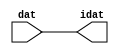

//------> /package/eda/mg/Catapult_10.3d/Mgc_home/pkgs/siflibs/ccs_in_v1.v 
//------------------------------------------------------------------------------
// Catapult Synthesis - Sample I/O Port Library
//
// Copyright (c) 2003-2017 Mentor Graphics Corp.
//       All Rights Reserved
//
// This document may be used and distributed without restriction provided that
// this copyright statement is not removed from the file and that any derivative
// work contains this copyright notice.
//
// The design information contained in this file is intended to be an example
// of the functionality which the end user may study in preparation for creating
// their own custom interfaces. This design does not necessarily present a 
// complete implementation of the named protocol or standard.
//
//------------------------------------------------------------------------------


module ccs_in_v1 (idat, dat);

  parameter integer rscid = 1;
  parameter integer width = 8;

  output [width-1:0] idat;
  input  [width-1:0] dat;

  wire   [width-1:0] idat;

  assign idat = dat;

endmodule


//------> /package/eda/mg/Catapult_10.3d/Mgc_home/pkgs/siflibs/ccs_out_v1.v 
//------------------------------------------------------------------------------
// Catapult Synthesis - Sample I/O Port Library
//
// Copyright (c) 2003-2015 Mentor Graphics Corp.
//       All Rights Reserved
//
// This document may be used and distributed without restriction provided that
// this copyright statement is not removed from the file and that any derivative
// work contains this copyright notice.
//
// The design information contained in this file is intended to be an example
// of the functionality which the end user may study in preparation for creating
// their own custom interfaces. This design does not necessarily present a 
// complete implementation of the named protocol or standard.
//
//------------------------------------------------------------------------------

module ccs_out_v1 (dat, idat);

  parameter integer rscid = 1;
  parameter integer width = 8;

  output   [width-1:0] dat;
  input    [width-1:0] idat;

  wire     [width-1:0] dat;

  assign dat = idat;

endmodule




//------> /package/eda/mg/Catapult_10.3d/Mgc_home/pkgs/siflibs/mgc_io_sync_v2.v 
//------------------------------------------------------------------------------
// Catapult Synthesis - Sample I/O Port Library
//
// Copyright (c) 2003-2017 Mentor Graphics Corp.
//       All Rights Reserved
//
// This document may be used and distributed without restriction provided that
// this copyright statement is not removed from the file and that any derivative
// work contains this copyright notice.
//
// The design information contained in this file is intended to be an example
// of the functionality which the end user may study in preparation for creating
// their own custom interfaces. This design does not necessarily present a 
// complete implementation of the named protocol or standard.
//
//------------------------------------------------------------------------------


module mgc_io_sync_v2 (ld, lz);
    parameter valid = 0;

    input  ld;
    output lz;

    wire   lz;

    assign lz = ld;

endmodule


//------> ./rtl.v 
// ----------------------------------------------------------------------
//  HLS HDL:        Verilog Netlister
//  HLS Version:    10.3d/815731 Production Release
//  HLS Date:       Wed Apr 24 14:54:19 PDT 2019
// 
//  Generated by:   695r48@cparch23.ecn.purdue.edu
//  Generated date: Tue Nov  9 14:57:23 2021
// ----------------------------------------------------------------------

// 
// ------------------------------------------------------------------
//  Design Unit:    fir_Altera_DIST_DIST_1R1W_RBW_rport_1_16_5_32_32_16_gen
// ------------------------------------------------------------------


module fir_Altera_DIST_DIST_1R1W_RBW_rport_1_16_5_32_32_16_gen (
  q, radr, radr_d, q_d, rport_r_ram_ir_internal_RMASK_B_d
);
  input [15:0] q;
  output [4:0] radr;
  input [4:0] radr_d;
  output [15:0] q_d;
  input rport_r_ram_ir_internal_RMASK_B_d;



  // Interconnect Declarations for Component Instantiations 
  assign q_d = q;
  assign radr = (radr_d);
endmodule

// ------------------------------------------------------------------
//  Design Unit:    fir_core_core_fsm
//  FSM Module
// ------------------------------------------------------------------


module fir_core_core_fsm (
  clk, rst, fsm_output, MAC_C_3_tr0
);
  input clk;
  input rst;
  output [8:0] fsm_output;
  reg [8:0] fsm_output;
  input MAC_C_3_tr0;


  // FSM State Type Declaration for fir_core_core_fsm_1
  parameter
    main_C_0 = 4'd0,
    MAC_C_0 = 4'd1,
    MAC_C_1 = 4'd2,
    MAC_C_2 = 4'd3,
    MAC_C_3 = 4'd4,
    MAC_C_4 = 4'd5,
    MAC_C_5 = 4'd6,
    MAC_C_6 = 4'd7,
    main_C_1 = 4'd8;

  reg [3:0] state_var;
  reg [3:0] state_var_NS;


  // Interconnect Declarations for Component Instantiations 
  always @(*)
  begin : fir_core_core_fsm_1
    case (state_var)
      MAC_C_0 : begin
        fsm_output = 9'b000000010;
        state_var_NS = MAC_C_1;
      end
      MAC_C_1 : begin
        fsm_output = 9'b000000100;
        state_var_NS = MAC_C_2;
      end
      MAC_C_2 : begin
        fsm_output = 9'b000001000;
        state_var_NS = MAC_C_3;
      end
      MAC_C_3 : begin
        fsm_output = 9'b000010000;
        if ( MAC_C_3_tr0 ) begin
          state_var_NS = main_C_1;
        end
        else begin
          state_var_NS = MAC_C_4;
        end
      end
      MAC_C_4 : begin
        fsm_output = 9'b000100000;
        state_var_NS = MAC_C_5;
      end
      MAC_C_5 : begin
        fsm_output = 9'b001000000;
        state_var_NS = MAC_C_6;
      end
      MAC_C_6 : begin
        fsm_output = 9'b010000000;
        state_var_NS = MAC_C_0;
      end
      main_C_1 : begin
        fsm_output = 9'b100000000;
        state_var_NS = main_C_0;
      end
      // main_C_0
      default : begin
        fsm_output = 9'b000000001;
        state_var_NS = MAC_C_0;
      end
    endcase
  end

  always @(posedge clk) begin
    if ( rst ) begin
      state_var <= main_C_0;
    end
    else begin
      state_var <= state_var_NS;
    end
  end

endmodule

// ------------------------------------------------------------------
//  Design Unit:    fir_core
// ------------------------------------------------------------------


module fir_core (
  clk, rst, coeffs_rsc_triosy_lz, in1_rsc_dat, in1_rsc_triosy_lz, out1_rsc_dat, out1_rsc_triosy_lz,
      coeffs_rsci_radr_d, coeffs_rsci_q_d, coeffs_rsci_rport_r_ram_ir_internal_RMASK_B_d
);
  input clk;
  input rst;
  output coeffs_rsc_triosy_lz;
  input [15:0] in1_rsc_dat;
  output in1_rsc_triosy_lz;
  output [15:0] out1_rsc_dat;
  output out1_rsc_triosy_lz;
  output [4:0] coeffs_rsci_radr_d;
  input [15:0] coeffs_rsci_q_d;
  output coeffs_rsci_rport_r_ram_ir_internal_RMASK_B_d;


  // Interconnect Declarations
  wire [15:0] in1_rsci_idat;
  reg [15:0] out1_rsci_idat;
  wire [8:0] fsm_output;
  wire [5:0] MAC_2_acc_2_tmp;
  wire [6:0] nl_MAC_2_acc_2_tmp;
  wire or_tmp_148;
  reg [5:0] MAC_i_5_0_3_sva;
  reg reg_out1_rsc_triosy_obj_ld_cse;
  wire reg_out1_out1_and_cse;
  wire nor_6_cse;
  wire [4:0] MAC_1_acc_2_psp_sva_mx0w0;
  wire [5:0] nl_MAC_1_acc_2_psp_sva_mx0w0;
  reg [4:0] MAC_5_acc_2_itm;
  reg [4:0] MAC_3_acc_2_psp_sva;
  reg [4:0] MAC_4_acc_2_psp_sva;
  wire [4:0] z_out_1;
  wire [5:0] nl_z_out_1;
  wire [15:0] z_out_2;
  wire [29:0] z_out_3;
  wire signed [31:0] nl_z_out_3;
  reg [15:0] regs_15_sva;
  reg [15:0] regs_16_sva;
  reg [15:0] regs_14_sva;
  reg [15:0] regs_17_sva;
  reg [15:0] regs_13_sva;
  reg [15:0] regs_18_sva;
  reg [15:0] regs_12_sva;
  reg [15:0] regs_19_sva;
  reg [15:0] regs_11_sva;
  reg [15:0] regs_20_sva;
  reg [15:0] regs_10_sva;
  reg [15:0] regs_21_sva;
  reg [15:0] regs_9_sva;
  reg [15:0] regs_22_sva;
  reg [15:0] regs_8_sva;
  reg [15:0] regs_23_sva;
  reg [15:0] regs_7_sva;
  reg [15:0] regs_24_sva;
  reg [15:0] regs_6_sva;
  reg [15:0] regs_25_sva;
  reg [15:0] regs_5_sva;
  reg [15:0] regs_26_sva;
  reg [15:0] regs_4_sva;
  reg [15:0] regs_27_sva;
  reg [15:0] regs_3_sva;
  reg [15:0] regs_28_sva;
  reg [15:0] regs_2_sva;
  reg [15:0] regs_29_sva;
  reg [15:0] regs_1_sva;
  reg [15:0] regs_30_sva;
  reg [15:0] regs_0_sva;
  reg [29:0] acc_32_3_1_sva;
  reg [15:0] regs_30_sva_1;
  reg [15:0] regs_29_sva_1;
  reg [15:0] regs_28_sva_1;
  reg [15:0] regs_27_sva_1;
  reg [15:0] regs_26_sva_1;
  reg [15:0] regs_25_sva_1;
  reg [15:0] regs_24_sva_1;
  reg [15:0] regs_23_sva_1;
  reg [15:0] regs_22_sva_1;
  reg [15:0] regs_21_sva_1;
  reg [15:0] regs_20_sva_1;
  reg [15:0] regs_19_sva_1;
  reg [15:0] regs_18_sva_1;
  reg [15:0] regs_17_sva_1;
  reg [15:0] regs_16_sva_1;
  reg [15:0] regs_15_sva_1;
  reg [15:0] regs_14_sva_1;
  reg [15:0] regs_13_sva_1;
  reg [15:0] regs_12_sva_1;
  reg [15:0] regs_11_sva_1;
  reg [15:0] regs_10_sva_1;
  reg [15:0] regs_9_sva_1;
  reg [15:0] regs_8_sva_1;
  reg [15:0] regs_7_sva_1;
  reg [15:0] regs_6_sva_1;
  reg [15:0] regs_5_sva_1;
  reg [15:0] regs_4_sva_1;
  reg [15:0] regs_3_sva_1;
  reg [15:0] regs_2_sva_1;
  reg [15:0] regs_1_sva_1;
  reg [15:0] regs_0_sva_1;
  reg [15:0] MAC_mux_itm;
  reg [29:0] MAC_1_mul_itm;
  reg [15:0] MAC_mux_1_itm;
  reg [29:0] MAC_2_mul_itm;
  reg [15:0] MAC_mux_2_itm;
  reg [15:0] MAC_mux_3_itm;
  wire [29:0] acc_32_3_3_sva_1;
  wire [30:0] nl_acc_32_3_3_sva_1;
  wire [4:0] MAC_3_acc_2_psp_sva_mx0w0;
  wire [5:0] nl_MAC_3_acc_2_psp_sva_mx0w0;
  wire [29:0] MAC_acc_6;
  wire [30:0] nl_MAC_acc_6;
  wire or_164_tmp;

  wire[29:0] acc_acc_mux_nl;
  wire[29:0] MAC_acc_nl;
  wire[30:0] nl_MAC_acc_nl;
  wire[29:0] MAC_mux_12_nl;
  wire[0:0] acc_or_nl;
  wire[0:0] acc_not_nl;
  wire[0:0] MAC_and_nl;
  wire[0:0] MAC_and_1_nl;
  wire[0:0] MAC_and_2_nl;
  wire[0:0] MAC_and_3_nl;
  wire[0:0] MAC_and_4_nl;
  wire[0:0] MAC_and_5_nl;
  wire[0:0] MAC_and_6_nl;
  wire[0:0] MAC_and_13_nl;
  wire[0:0] MAC_and_14_nl;
  wire[0:0] MAC_and_15_nl;
  wire[0:0] MAC_and_16_nl;
  wire[0:0] MAC_and_17_nl;
  wire[0:0] MAC_and_18_nl;
  wire[0:0] MAC_and_7_nl;
  wire[0:0] MAC_and_8_nl;
  wire[0:0] MAC_and_9_nl;
  wire[0:0] MAC_and_10_nl;
  wire[0:0] MAC_and_11_nl;
  wire[0:0] MAC_and_12_nl;
  wire[4:0] MAC_mux_13_nl;
  wire[15:0] MAC_mux1h_28_nl;
  wire[0:0] or_182_nl;
  wire[4:0] MAC_mux_14_nl;

  // Interconnect Declarations for Component Instantiations 
  wire [0:0] nl_fir_core_core_fsm_inst_MAC_C_3_tr0;
  assign nl_fir_core_core_fsm_inst_MAC_C_3_tr0 = MAC_i_5_0_3_sva[5];
  ccs_in_v1 #(.rscid(32'sd2),
  .width(32'sd16)) in1_rsci (
      .dat(in1_rsc_dat),
      .idat(in1_rsci_idat)
    );
  ccs_out_v1 #(.rscid(32'sd3),
  .width(32'sd16)) out1_rsci (
      .idat(out1_rsci_idat),
      .dat(out1_rsc_dat)
    );
  mgc_io_sync_v2 #(.valid(32'sd0)) coeffs_rsc_triosy_obj (
      .ld(reg_out1_rsc_triosy_obj_ld_cse),
      .lz(coeffs_rsc_triosy_lz)
    );
  mgc_io_sync_v2 #(.valid(32'sd0)) in1_rsc_triosy_obj (
      .ld(reg_out1_rsc_triosy_obj_ld_cse),
      .lz(in1_rsc_triosy_lz)
    );
  mgc_io_sync_v2 #(.valid(32'sd0)) out1_rsc_triosy_obj (
      .ld(reg_out1_rsc_triosy_obj_ld_cse),
      .lz(out1_rsc_triosy_lz)
    );
  fir_core_core_fsm fir_core_core_fsm_inst (
      .clk(clk),
      .rst(rst),
      .fsm_output(fsm_output),
      .MAC_C_3_tr0(nl_fir_core_core_fsm_inst_MAC_C_3_tr0[0:0])
    );
  assign reg_out1_out1_and_cse = (fsm_output[4]) & (MAC_i_5_0_3_sva[5]);
  assign nor_6_cse = ~((fsm_output[0]) | (fsm_output[8]));
  assign or_164_tmp = (fsm_output[3:2]!=2'b00);
  assign nl_acc_32_3_3_sva_1 = MAC_acc_6 + acc_32_3_1_sva;
  assign acc_32_3_3_sva_1 = nl_acc_32_3_3_sva_1[29:0];
  assign nl_MAC_1_acc_2_psp_sva_mx0w0 = MAC_5_acc_2_itm + 5'b00001;
  assign MAC_1_acc_2_psp_sva_mx0w0 = nl_MAC_1_acc_2_psp_sva_mx0w0[4:0];
  assign nl_MAC_2_acc_2_tmp = conv_u2s_5_6(MAC_1_acc_2_psp_sva_mx0w0) + 6'b000001;
  assign MAC_2_acc_2_tmp = nl_MAC_2_acc_2_tmp[5:0];
  assign nl_MAC_3_acc_2_psp_sva_mx0w0 = (MAC_2_acc_2_tmp[4:0]) + 5'b00001;
  assign MAC_3_acc_2_psp_sva_mx0w0 = nl_MAC_3_acc_2_psp_sva_mx0w0[4:0];
  assign nl_MAC_acc_6 = MAC_1_mul_itm + MAC_2_mul_itm;
  assign MAC_acc_6 = nl_MAC_acc_6[29:0];
  assign or_tmp_148 = (fsm_output[4:2]!=3'b000);
  assign coeffs_rsci_radr_d = MUX1HOT_v_5_5_2(MAC_1_acc_2_psp_sva_mx0w0, MAC_5_acc_2_itm,
      MAC_3_acc_2_psp_sva, (MAC_i_5_0_3_sva[4:0]), MAC_4_acc_2_psp_sva, {(fsm_output[1])
      , (fsm_output[2]) , (fsm_output[3]) , (fsm_output[4]) , (fsm_output[5])});
  assign coeffs_rsci_rport_r_ram_ir_internal_RMASK_B_d = (fsm_output[1]) | (fsm_output[3])
      | (fsm_output[5]) | (fsm_output[2]) | ((~ (MAC_i_5_0_3_sva[5])) & (fsm_output[4]));
  always @(posedge clk) begin
    if ( rst ) begin
      acc_32_3_1_sva <= 30'b000000000000000000000000000000;
    end
    else if ( (fsm_output[6]) | (fsm_output[7]) | (fsm_output[0]) | (fsm_output[4])
        ) begin
      acc_32_3_1_sva <= MUX_v_30_2_2(30'b000000000000000000000000000000, (acc_acc_mux_nl),
          (acc_not_nl));
    end
  end
  always @(posedge clk) begin
    if ( rst ) begin
      out1_rsci_idat <= 16'b0000000000000000;
      regs_0_sva <= 16'b0000000000000000;
      regs_5_sva <= 16'b0000000000000000;
      regs_10_sva <= 16'b0000000000000000;
      regs_15_sva <= 16'b0000000000000000;
      regs_20_sva <= 16'b0000000000000000;
      regs_25_sva <= 16'b0000000000000000;
      regs_30_sva <= 16'b0000000000000000;
      regs_4_sva <= 16'b0000000000000000;
      regs_9_sva <= 16'b0000000000000000;
      regs_14_sva <= 16'b0000000000000000;
      regs_19_sva <= 16'b0000000000000000;
      regs_24_sva <= 16'b0000000000000000;
      regs_29_sva <= 16'b0000000000000000;
      regs_3_sva <= 16'b0000000000000000;
      regs_8_sva <= 16'b0000000000000000;
      regs_13_sva <= 16'b0000000000000000;
      regs_18_sva <= 16'b0000000000000000;
      regs_23_sva <= 16'b0000000000000000;
      regs_28_sva <= 16'b0000000000000000;
      regs_2_sva <= 16'b0000000000000000;
      regs_7_sva <= 16'b0000000000000000;
      regs_12_sva <= 16'b0000000000000000;
      regs_17_sva <= 16'b0000000000000000;
      regs_22_sva <= 16'b0000000000000000;
      regs_27_sva <= 16'b0000000000000000;
      regs_1_sva <= 16'b0000000000000000;
      regs_6_sva <= 16'b0000000000000000;
      regs_11_sva <= 16'b0000000000000000;
      regs_16_sva <= 16'b0000000000000000;
      regs_21_sva <= 16'b0000000000000000;
      regs_26_sva <= 16'b0000000000000000;
    end
    else if ( reg_out1_out1_and_cse ) begin
      out1_rsci_idat <= acc_32_3_3_sva_1[29:14];
      regs_0_sva <= regs_0_sva_1;
      regs_5_sva <= regs_5_sva_1;
      regs_10_sva <= regs_10_sva_1;
      regs_15_sva <= regs_15_sva_1;
      regs_20_sva <= regs_20_sva_1;
      regs_25_sva <= regs_25_sva_1;
      regs_30_sva <= regs_30_sva_1;
      regs_4_sva <= regs_4_sva_1;
      regs_9_sva <= regs_9_sva_1;
      regs_14_sva <= regs_14_sva_1;
      regs_19_sva <= regs_19_sva_1;
      regs_24_sva <= regs_24_sva_1;
      regs_29_sva <= regs_29_sva_1;
      regs_3_sva <= regs_3_sva_1;
      regs_8_sva <= regs_8_sva_1;
      regs_13_sva <= regs_13_sva_1;
      regs_18_sva <= regs_18_sva_1;
      regs_23_sva <= regs_23_sva_1;
      regs_28_sva <= regs_28_sva_1;
      regs_2_sva <= regs_2_sva_1;
      regs_7_sva <= regs_7_sva_1;
      regs_12_sva <= regs_12_sva_1;
      regs_17_sva <= regs_17_sva_1;
      regs_22_sva <= regs_22_sva_1;
      regs_27_sva <= regs_27_sva_1;
      regs_1_sva <= regs_1_sva_1;
      regs_6_sva <= regs_6_sva_1;
      regs_11_sva <= regs_11_sva_1;
      regs_16_sva <= regs_16_sva_1;
      regs_21_sva <= regs_21_sva_1;
      regs_26_sva <= regs_26_sva_1;
    end
  end
  always @(posedge clk) begin
    if ( rst ) begin
      regs_0_sva_1 <= 16'b0000000000000000;
    end
    else if ( ~ nor_6_cse ) begin
      regs_0_sva_1 <= in1_rsci_idat;
    end
  end
  always @(posedge clk) begin
    if ( rst ) begin
      reg_out1_rsc_triosy_obj_ld_cse <= 1'b0;
    end
    else begin
      reg_out1_rsc_triosy_obj_ld_cse <= reg_out1_out1_and_cse;
    end
  end
  always @(posedge clk) begin
    if ( rst ) begin
      regs_30_sva_1 <= 16'b0000000000000000;
    end
    else if ( ~ nor_6_cse ) begin
      regs_30_sva_1 <= regs_29_sva;
    end
  end
  always @(posedge clk) begin
    if ( rst ) begin
      regs_29_sva_1 <= 16'b0000000000000000;
    end
    else if ( ~ nor_6_cse ) begin
      regs_29_sva_1 <= regs_28_sva;
    end
  end
  always @(posedge clk) begin
    if ( rst ) begin
      regs_28_sva_1 <= 16'b0000000000000000;
    end
    else if ( ~ nor_6_cse ) begin
      regs_28_sva_1 <= regs_27_sva;
    end
  end
  always @(posedge clk) begin
    if ( rst ) begin
      regs_27_sva_1 <= 16'b0000000000000000;
    end
    else if ( ~ nor_6_cse ) begin
      regs_27_sva_1 <= regs_26_sva;
    end
  end
  always @(posedge clk) begin
    if ( rst ) begin
      regs_26_sva_1 <= 16'b0000000000000000;
    end
    else if ( ~ nor_6_cse ) begin
      regs_26_sva_1 <= regs_25_sva;
    end
  end
  always @(posedge clk) begin
    if ( rst ) begin
      regs_25_sva_1 <= 16'b0000000000000000;
    end
    else if ( ~ nor_6_cse ) begin
      regs_25_sva_1 <= regs_24_sva;
    end
  end
  always @(posedge clk) begin
    if ( rst ) begin
      regs_24_sva_1 <= 16'b0000000000000000;
    end
    else if ( ~ nor_6_cse ) begin
      regs_24_sva_1 <= regs_23_sva;
    end
  end
  always @(posedge clk) begin
    if ( rst ) begin
      regs_23_sva_1 <= 16'b0000000000000000;
    end
    else if ( ~ nor_6_cse ) begin
      regs_23_sva_1 <= regs_22_sva;
    end
  end
  always @(posedge clk) begin
    if ( rst ) begin
      regs_22_sva_1 <= 16'b0000000000000000;
    end
    else if ( ~ nor_6_cse ) begin
      regs_22_sva_1 <= regs_21_sva;
    end
  end
  always @(posedge clk) begin
    if ( rst ) begin
      regs_21_sva_1 <= 16'b0000000000000000;
    end
    else if ( ~ nor_6_cse ) begin
      regs_21_sva_1 <= regs_20_sva;
    end
  end
  always @(posedge clk) begin
    if ( rst ) begin
      regs_20_sva_1 <= 16'b0000000000000000;
    end
    else if ( ~ nor_6_cse ) begin
      regs_20_sva_1 <= regs_19_sva;
    end
  end
  always @(posedge clk) begin
    if ( rst ) begin
      regs_19_sva_1 <= 16'b0000000000000000;
    end
    else if ( ~ nor_6_cse ) begin
      regs_19_sva_1 <= regs_18_sva;
    end
  end
  always @(posedge clk) begin
    if ( rst ) begin
      regs_18_sva_1 <= 16'b0000000000000000;
    end
    else if ( ~ nor_6_cse ) begin
      regs_18_sva_1 <= regs_17_sva;
    end
  end
  always @(posedge clk) begin
    if ( rst ) begin
      regs_17_sva_1 <= 16'b0000000000000000;
    end
    else if ( ~ nor_6_cse ) begin
      regs_17_sva_1 <= regs_16_sva;
    end
  end
  always @(posedge clk) begin
    if ( rst ) begin
      regs_16_sva_1 <= 16'b0000000000000000;
    end
    else if ( ~ nor_6_cse ) begin
      regs_16_sva_1 <= regs_15_sva;
    end
  end
  always @(posedge clk) begin
    if ( rst ) begin
      regs_15_sva_1 <= 16'b0000000000000000;
    end
    else if ( ~ nor_6_cse ) begin
      regs_15_sva_1 <= regs_14_sva;
    end
  end
  always @(posedge clk) begin
    if ( rst ) begin
      regs_14_sva_1 <= 16'b0000000000000000;
    end
    else if ( ~ nor_6_cse ) begin
      regs_14_sva_1 <= regs_13_sva;
    end
  end
  always @(posedge clk) begin
    if ( rst ) begin
      regs_13_sva_1 <= 16'b0000000000000000;
    end
    else if ( ~ nor_6_cse ) begin
      regs_13_sva_1 <= regs_12_sva;
    end
  end
  always @(posedge clk) begin
    if ( rst ) begin
      regs_12_sva_1 <= 16'b0000000000000000;
    end
    else if ( ~ nor_6_cse ) begin
      regs_12_sva_1 <= regs_11_sva;
    end
  end
  always @(posedge clk) begin
    if ( rst ) begin
      regs_11_sva_1 <= 16'b0000000000000000;
    end
    else if ( ~ nor_6_cse ) begin
      regs_11_sva_1 <= regs_10_sva;
    end
  end
  always @(posedge clk) begin
    if ( rst ) begin
      regs_10_sva_1 <= 16'b0000000000000000;
    end
    else if ( ~ nor_6_cse ) begin
      regs_10_sva_1 <= regs_9_sva;
    end
  end
  always @(posedge clk) begin
    if ( rst ) begin
      regs_9_sva_1 <= 16'b0000000000000000;
    end
    else if ( ~ nor_6_cse ) begin
      regs_9_sva_1 <= regs_8_sva;
    end
  end
  always @(posedge clk) begin
    if ( rst ) begin
      regs_8_sva_1 <= 16'b0000000000000000;
    end
    else if ( ~ nor_6_cse ) begin
      regs_8_sva_1 <= regs_7_sva;
    end
  end
  always @(posedge clk) begin
    if ( rst ) begin
      regs_7_sva_1 <= 16'b0000000000000000;
    end
    else if ( ~ nor_6_cse ) begin
      regs_7_sva_1 <= regs_6_sva;
    end
  end
  always @(posedge clk) begin
    if ( rst ) begin
      regs_6_sva_1 <= 16'b0000000000000000;
    end
    else if ( ~ nor_6_cse ) begin
      regs_6_sva_1 <= regs_5_sva;
    end
  end
  always @(posedge clk) begin
    if ( rst ) begin
      regs_5_sva_1 <= 16'b0000000000000000;
    end
    else if ( ~ nor_6_cse ) begin
      regs_5_sva_1 <= regs_4_sva;
    end
  end
  always @(posedge clk) begin
    if ( rst ) begin
      regs_4_sva_1 <= 16'b0000000000000000;
    end
    else if ( ~ nor_6_cse ) begin
      regs_4_sva_1 <= regs_3_sva;
    end
  end
  always @(posedge clk) begin
    if ( rst ) begin
      regs_3_sva_1 <= 16'b0000000000000000;
    end
    else if ( ~ nor_6_cse ) begin
      regs_3_sva_1 <= regs_2_sva;
    end
  end
  always @(posedge clk) begin
    if ( rst ) begin
      regs_2_sva_1 <= 16'b0000000000000000;
    end
    else if ( ~ nor_6_cse ) begin
      regs_2_sva_1 <= regs_1_sva;
    end
  end
  always @(posedge clk) begin
    if ( rst ) begin
      regs_1_sva_1 <= 16'b0000000000000000;
    end
    else if ( ~ nor_6_cse ) begin
      regs_1_sva_1 <= regs_0_sva;
    end
  end
  always @(posedge clk) begin
    if ( rst ) begin
      MAC_5_acc_2_itm <= 5'b00000;
    end
    else if ( (fsm_output[8]) | (fsm_output[0]) | (fsm_output[2]) ) begin
      MAC_5_acc_2_itm <= MUX_v_5_2_2(5'b00000, z_out_1, nor_6_cse);
    end
  end
  always @(posedge clk) begin
    if ( rst ) begin
      MAC_i_5_0_3_sva <= 6'b000000;
    end
    else if ( fsm_output[1] ) begin
      MAC_i_5_0_3_sva <= MAC_2_acc_2_tmp;
    end
  end
  always @(posedge clk) begin
    if ( rst ) begin
      MAC_3_acc_2_psp_sva <= 5'b00000;
    end
    else if ( fsm_output[1] ) begin
      MAC_3_acc_2_psp_sva <= MAC_3_acc_2_psp_sva_mx0w0;
    end
  end
  always @(posedge clk) begin
    if ( rst ) begin
      MAC_mux_itm <= 16'b0000000000000000;
    end
    else if ( fsm_output[1] ) begin
      MAC_mux_itm <= z_out_2;
    end
  end
  always @(posedge clk) begin
    if ( rst ) begin
      MAC_mux_1_itm <= 16'b0000000000000000;
    end
    else if ( ~((fsm_output[5:3]!=3'b000)) ) begin
      MAC_mux_1_itm <= MUX1HOT_v_16_8_2(regs_0_sva, regs_5_sva, regs_10_sva, regs_15_sva,
          regs_20_sva, regs_25_sva, regs_30_sva, z_out_2, {(MAC_and_nl) , (MAC_and_1_nl)
          , (MAC_and_2_nl) , (MAC_and_3_nl) , (MAC_and_4_nl) , (MAC_and_5_nl) , (MAC_and_6_nl)
          , (fsm_output[2])});
    end
  end
  always @(posedge clk) begin
    if ( rst ) begin
      MAC_4_acc_2_psp_sva <= 5'b00000;
    end
    else if ( ~ or_tmp_148 ) begin
      MAC_4_acc_2_psp_sva <= z_out_1;
    end
  end
  always @(posedge clk) begin
    if ( rst ) begin
      MAC_mux_2_itm <= 16'b0000000000000000;
    end
    else if ( ~ or_tmp_148 ) begin
      MAC_mux_2_itm <= MUX1HOT_v_16_6_2(regs_1_sva, regs_6_sva, regs_11_sva, regs_16_sva,
          regs_21_sva, regs_26_sva, {(MAC_and_13_nl) , (MAC_and_14_nl) , (MAC_and_15_nl)
          , (MAC_and_16_nl) , (MAC_and_17_nl) , (MAC_and_18_nl)});
    end
  end
  always @(posedge clk) begin
    if ( rst ) begin
      MAC_mux_3_itm <= 16'b0000000000000000;
    end
    else if ( ~ or_164_tmp ) begin
      MAC_mux_3_itm <= MUX1HOT_v_16_6_2(regs_2_sva, regs_7_sva, regs_12_sva, regs_17_sva,
          regs_22_sva, regs_27_sva, {(MAC_and_7_nl) , (MAC_and_8_nl) , (MAC_and_9_nl)
          , (MAC_and_10_nl) , (MAC_and_11_nl) , (MAC_and_12_nl)});
    end
  end
  always @(posedge clk) begin
    if ( rst ) begin
      MAC_2_mul_itm <= 30'b000000000000000000000000000000;
    end
    else if ( (fsm_output[5]) | (fsm_output[6]) | (fsm_output[2]) ) begin
      MAC_2_mul_itm <= z_out_3;
    end
  end
  always @(posedge clk) begin
    if ( rst ) begin
      MAC_1_mul_itm <= 30'b000000000000000000000000000000;
    end
    else if ( (fsm_output[4:3]!=2'b00) ) begin
      MAC_1_mul_itm <= z_out_3;
    end
  end
  assign MAC_mux_12_nl = MUX_v_30_2_2(MAC_2_mul_itm, MAC_acc_6, fsm_output[7]);
  assign nl_MAC_acc_nl = acc_32_3_1_sva + (MAC_mux_12_nl);
  assign MAC_acc_nl = nl_MAC_acc_nl[29:0];
  assign acc_or_nl = (fsm_output[7:6]!=2'b00);
  assign acc_acc_mux_nl = MUX_v_30_2_2(acc_32_3_3_sva_1, (MAC_acc_nl), acc_or_nl);
  assign acc_not_nl = ~ (fsm_output[0]);
  assign MAC_and_nl = (MAC_1_acc_2_psp_sva_mx0w0==5'b00001) & (fsm_output[1]);
  assign MAC_and_1_nl = (MAC_1_acc_2_psp_sva_mx0w0==5'b00110) & (fsm_output[1]);
  assign MAC_and_2_nl = (MAC_1_acc_2_psp_sva_mx0w0==5'b01011) & (fsm_output[1]);
  assign MAC_and_3_nl = (MAC_1_acc_2_psp_sva_mx0w0==5'b10000) & (fsm_output[1]);
  assign MAC_and_4_nl = (MAC_1_acc_2_psp_sva_mx0w0==5'b10101) & (fsm_output[1]);
  assign MAC_and_5_nl = (MAC_1_acc_2_psp_sva_mx0w0==5'b11010) & (fsm_output[1]);
  assign MAC_and_6_nl = (MAC_1_acc_2_psp_sva_mx0w0==5'b11111) & (fsm_output[1]);
  assign MAC_and_13_nl = (MAC_2_acc_2_tmp[4:0]==5'b00010) & (~ or_tmp_148);
  assign MAC_and_14_nl = (MAC_2_acc_2_tmp[4:0]==5'b00111) & (~ or_tmp_148);
  assign MAC_and_15_nl = (MAC_2_acc_2_tmp[4:0]==5'b01100) & (~ or_tmp_148);
  assign MAC_and_16_nl = (MAC_2_acc_2_tmp[4:0]==5'b10001) & (~ or_tmp_148);
  assign MAC_and_17_nl = (MAC_2_acc_2_tmp[4:0]==5'b10110) & (~ or_tmp_148);
  assign MAC_and_18_nl = (MAC_2_acc_2_tmp[4:0]==5'b11011) & (~ or_tmp_148);
  assign MAC_and_7_nl = (MAC_3_acc_2_psp_sva_mx0w0==5'b00011) & (~ or_164_tmp);
  assign MAC_and_8_nl = (MAC_3_acc_2_psp_sva_mx0w0==5'b01000) & (~ or_164_tmp);
  assign MAC_and_9_nl = (MAC_3_acc_2_psp_sva_mx0w0==5'b01101) & (~ or_164_tmp);
  assign MAC_and_10_nl = (MAC_3_acc_2_psp_sva_mx0w0==5'b10010) & (~ or_164_tmp);
  assign MAC_and_11_nl = (MAC_3_acc_2_psp_sva_mx0w0==5'b10111) & (~ or_164_tmp);
  assign MAC_and_12_nl = (MAC_3_acc_2_psp_sva_mx0w0==5'b11100) & (~ or_164_tmp);
  assign MAC_mux_13_nl = MUX_v_5_2_2(MAC_4_acc_2_psp_sva, MAC_3_acc_2_psp_sva_mx0w0,
      fsm_output[1]);
  assign nl_z_out_1 = (MAC_mux_13_nl) + 5'b00001;
  assign z_out_1 = nl_z_out_1[4:0];
  assign or_182_nl = (fsm_output[6]) | (fsm_output[2]);
  assign MAC_mux1h_28_nl = MUX1HOT_v_16_4_2(MAC_mux_1_itm, MAC_mux_2_itm, MAC_mux_itm,
      MAC_mux_3_itm, {(or_182_nl) , (fsm_output[5]) , (fsm_output[3]) , (fsm_output[4])});
  assign nl_z_out_3 = $signed((MAC_mux1h_28_nl)) * $signed((coeffs_rsci_q_d));
  assign z_out_3 = nl_z_out_3[29:0];
  assign MAC_mux_14_nl = MUX_v_5_2_2(MAC_5_acc_2_itm, MAC_4_acc_2_psp_sva, fsm_output[2]);
  assign z_out_2 = MUX_v_16_31_2x1x2x3x6x7x8x11x12x13x16x17x18x21x22x23x26x27x28(regs_0_sva_1,
      regs_3_sva, regs_4_sva, regs_8_sva, regs_9_sva, regs_13_sva, regs_14_sva, regs_18_sva,
      regs_19_sva, regs_23_sva, regs_24_sva, regs_28_sva, regs_29_sva, MAC_mux_14_nl);

  function automatic [15:0] MUX1HOT_v_16_4_2;
    input [15:0] input_3;
    input [15:0] input_2;
    input [15:0] input_1;
    input [15:0] input_0;
    input [3:0] sel;
    reg [15:0] result;
  begin
    result = input_0 & {16{sel[0]}};
    result = result | ( input_1 & {16{sel[1]}});
    result = result | ( input_2 & {16{sel[2]}});
    result = result | ( input_3 & {16{sel[3]}});
    MUX1HOT_v_16_4_2 = result;
  end
  endfunction


  function automatic [15:0] MUX1HOT_v_16_6_2;
    input [15:0] input_5;
    input [15:0] input_4;
    input [15:0] input_3;
    input [15:0] input_2;
    input [15:0] input_1;
    input [15:0] input_0;
    input [5:0] sel;
    reg [15:0] result;
  begin
    result = input_0 & {16{sel[0]}};
    result = result | ( input_1 & {16{sel[1]}});
    result = result | ( input_2 & {16{sel[2]}});
    result = result | ( input_3 & {16{sel[3]}});
    result = result | ( input_4 & {16{sel[4]}});
    result = result | ( input_5 & {16{sel[5]}});
    MUX1HOT_v_16_6_2 = result;
  end
  endfunction


  function automatic [15:0] MUX1HOT_v_16_8_2;
    input [15:0] input_7;
    input [15:0] input_6;
    input [15:0] input_5;
    input [15:0] input_4;
    input [15:0] input_3;
    input [15:0] input_2;
    input [15:0] input_1;
    input [15:0] input_0;
    input [7:0] sel;
    reg [15:0] result;
  begin
    result = input_0 & {16{sel[0]}};
    result = result | ( input_1 & {16{sel[1]}});
    result = result | ( input_2 & {16{sel[2]}});
    result = result | ( input_3 & {16{sel[3]}});
    result = result | ( input_4 & {16{sel[4]}});
    result = result | ( input_5 & {16{sel[5]}});
    result = result | ( input_6 & {16{sel[6]}});
    result = result | ( input_7 & {16{sel[7]}});
    MUX1HOT_v_16_8_2 = result;
  end
  endfunction


  function automatic [4:0] MUX1HOT_v_5_5_2;
    input [4:0] input_4;
    input [4:0] input_3;
    input [4:0] input_2;
    input [4:0] input_1;
    input [4:0] input_0;
    input [4:0] sel;
    reg [4:0] result;
  begin
    result = input_0 & {5{sel[0]}};
    result = result | ( input_1 & {5{sel[1]}});
    result = result | ( input_2 & {5{sel[2]}});
    result = result | ( input_3 & {5{sel[3]}});
    result = result | ( input_4 & {5{sel[4]}});
    MUX1HOT_v_5_5_2 = result;
  end
  endfunction


  function automatic [15:0] MUX_v_16_31_2x1x2x3x6x7x8x11x12x13x16x17x18x21x22x23x26x27x28;
    input [15:0] input_0;
    input [15:0] input_4;
    input [15:0] input_5;
    input [15:0] input_9;
    input [15:0] input_10;
    input [15:0] input_14;
    input [15:0] input_15;
    input [15:0] input_19;
    input [15:0] input_20;
    input [15:0] input_24;
    input [15:0] input_25;
    input [15:0] input_29;
    input [15:0] input_30;
    input [4:0] sel;
    reg [15:0] result;
  begin
    case (sel)
      5'b00000 : begin
        result = input_0;
      end
      5'b00100 : begin
        result = input_4;
      end
      5'b00101 : begin
        result = input_5;
      end
      5'b01001 : begin
        result = input_9;
      end
      5'b01010 : begin
        result = input_10;
      end
      5'b01110 : begin
        result = input_14;
      end
      5'b01111 : begin
        result = input_15;
      end
      5'b10011 : begin
        result = input_19;
      end
      5'b10100 : begin
        result = input_20;
      end
      5'b11000 : begin
        result = input_24;
      end
      5'b11001 : begin
        result = input_25;
      end
      5'b11101 : begin
        result = input_29;
      end
      default : begin
        result = input_30;
      end
    endcase
    MUX_v_16_31_2x1x2x3x6x7x8x11x12x13x16x17x18x21x22x23x26x27x28 = result;
  end
  endfunction


  function automatic [29:0] MUX_v_30_2_2;
    input [29:0] input_0;
    input [29:0] input_1;
    input [0:0] sel;
    reg [29:0] result;
  begin
    case (sel)
      1'b0 : begin
        result = input_0;
      end
      default : begin
        result = input_1;
      end
    endcase
    MUX_v_30_2_2 = result;
  end
  endfunction


  function automatic [4:0] MUX_v_5_2_2;
    input [4:0] input_0;
    input [4:0] input_1;
    input [0:0] sel;
    reg [4:0] result;
  begin
    case (sel)
      1'b0 : begin
        result = input_0;
      end
      default : begin
        result = input_1;
      end
    endcase
    MUX_v_5_2_2 = result;
  end
  endfunction


  function automatic [5:0] conv_u2s_5_6 ;
    input [4:0]  vector ;
  begin
    conv_u2s_5_6 =  {1'b0, vector};
  end
  endfunction

endmodule

// ------------------------------------------------------------------
//  Design Unit:    fir
// ------------------------------------------------------------------


module fir (
  clk, rst, coeffs_rsc_radr, coeffs_rsc_q, coeffs_rsc_triosy_lz, in1_rsc_dat, in1_rsc_triosy_lz,
      out1_rsc_dat, out1_rsc_triosy_lz
);
  input clk;
  input rst;
  output [4:0] coeffs_rsc_radr;
  input [15:0] coeffs_rsc_q;
  output coeffs_rsc_triosy_lz;
  input [15:0] in1_rsc_dat;
  output in1_rsc_triosy_lz;
  output [15:0] out1_rsc_dat;
  output out1_rsc_triosy_lz;


  // Interconnect Declarations
  wire [4:0] coeffs_rsci_radr_d;
  wire [15:0] coeffs_rsci_q_d;
  wire coeffs_rsci_rport_r_ram_ir_internal_RMASK_B_d;


  // Interconnect Declarations for Component Instantiations 
  fir_Altera_DIST_DIST_1R1W_RBW_rport_1_16_5_32_32_16_gen coeffs_rsci (
      .q(coeffs_rsc_q),
      .radr(coeffs_rsc_radr),
      .radr_d(coeffs_rsci_radr_d),
      .q_d(coeffs_rsci_q_d),
      .rport_r_ram_ir_internal_RMASK_B_d(coeffs_rsci_rport_r_ram_ir_internal_RMASK_B_d)
    );
  fir_core fir_core_inst (
      .clk(clk),
      .rst(rst),
      .coeffs_rsc_triosy_lz(coeffs_rsc_triosy_lz),
      .in1_rsc_dat(in1_rsc_dat),
      .in1_rsc_triosy_lz(in1_rsc_triosy_lz),
      .out1_rsc_dat(out1_rsc_dat),
      .out1_rsc_triosy_lz(out1_rsc_triosy_lz),
      .coeffs_rsci_radr_d(coeffs_rsci_radr_d),
      .coeffs_rsci_q_d(coeffs_rsci_q_d),
      .coeffs_rsci_rport_r_ram_ir_internal_RMASK_B_d(coeffs_rsci_rport_r_ram_ir_internal_RMASK_B_d)
    );
endmodule